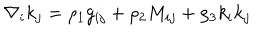
\nabla _ { i } k _ { j } = \rho _ { 1 } g _ { i j } + \rho _ { 2 } M _ { i j } + \rho _ { 3 } k _ { i } k _ { j }